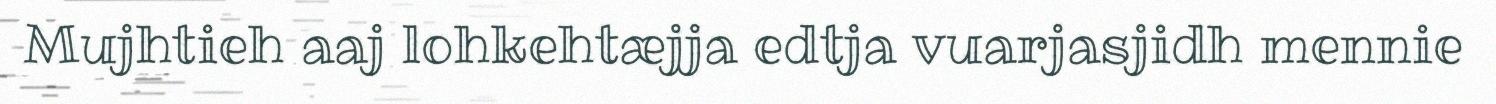
Mujhtieh aaj lohkehtæjja edtja vuarjasjidh mennie